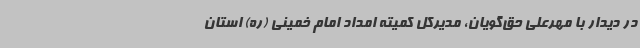
در دیدار با مهرعلی حق‌گویان، مدیرکل کمیته امداد امام خمینی (ره) استان